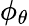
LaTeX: \phi_{\theta}